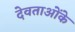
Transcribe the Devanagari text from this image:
देवताओंके